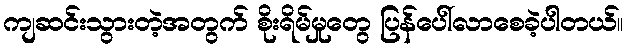
ကျဆင်းသွားတဲ့အတွက် စိုးရိမ်မှုတွေ ပြန်ပေါ်လာစေခဲ့ပါတယ်။